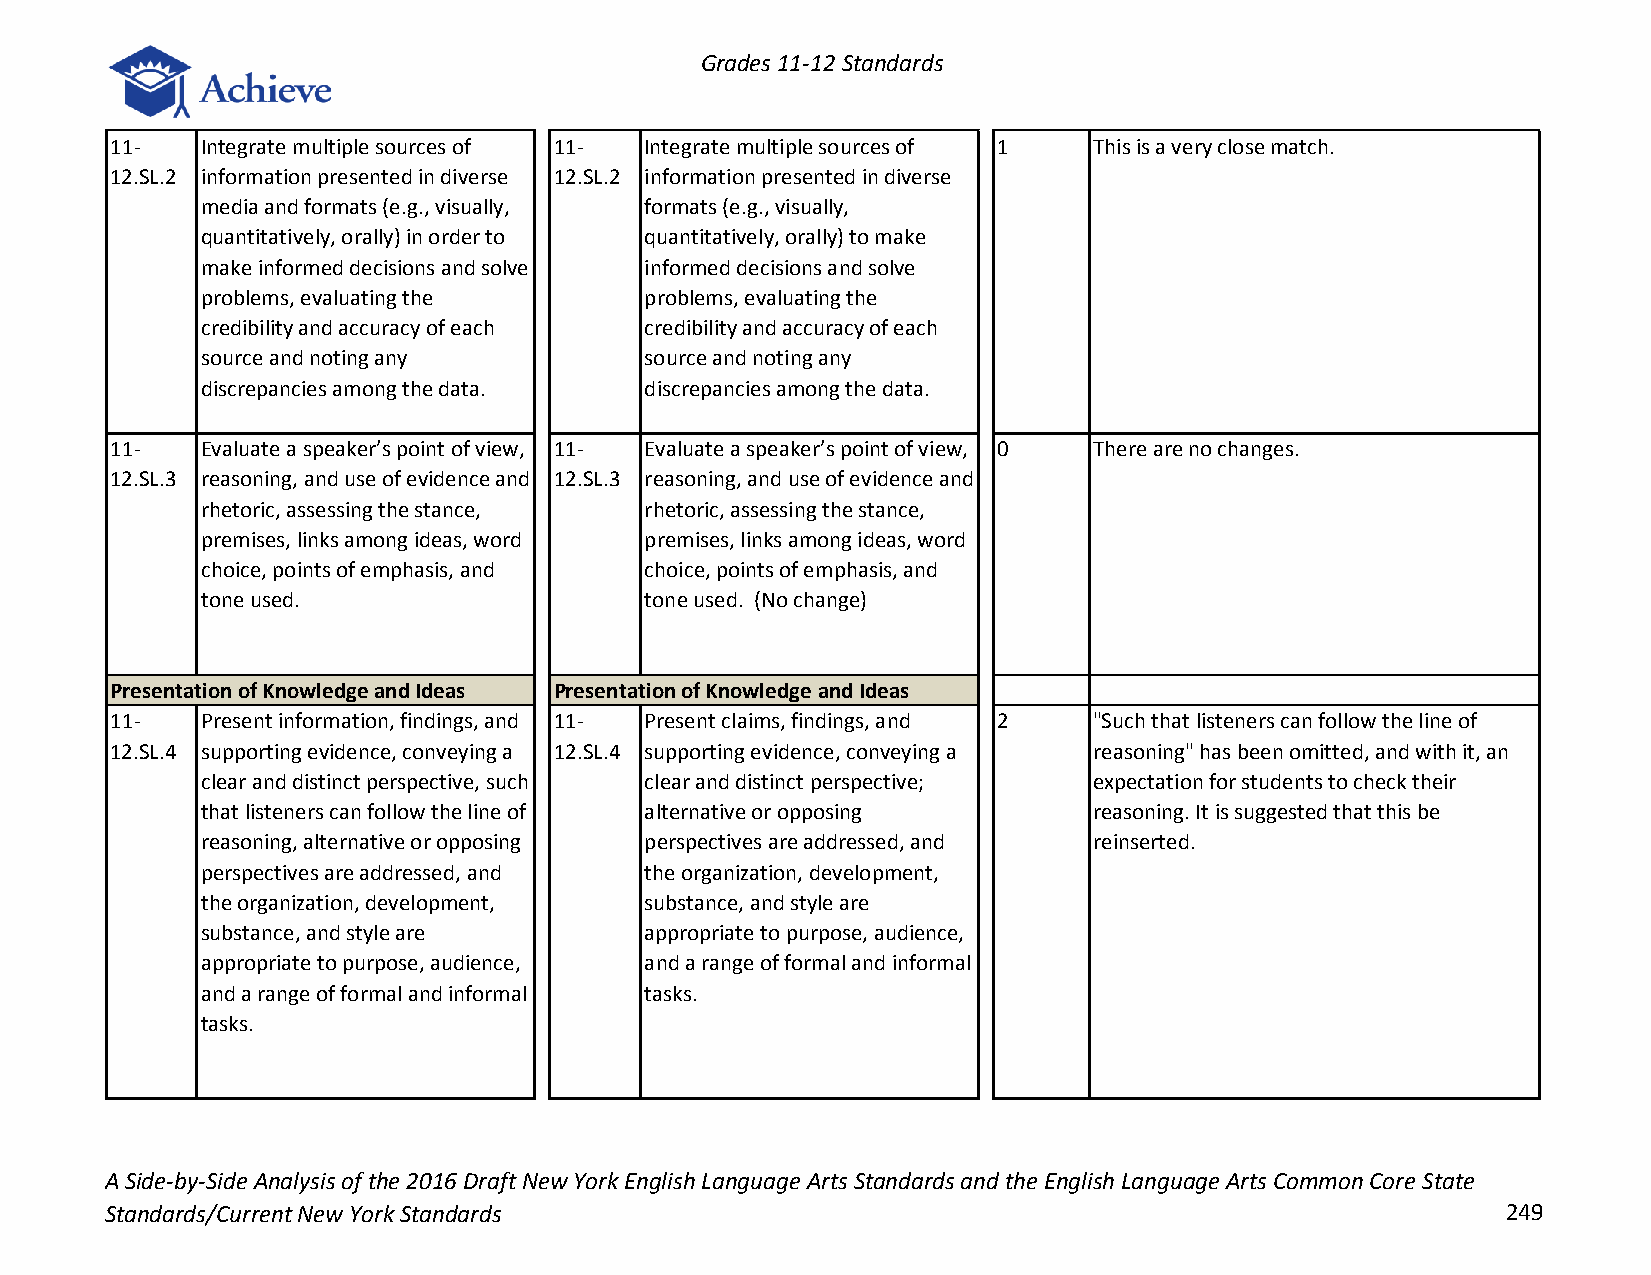
Grades 11-12 Standards
 11-   Integrate multiple sources of 11- Integrate multiple sources of 1 This is a very close match.
 12.SL.2 information presented in diverse 12.SL.2 information presented in diverse
 media and formats (e.g., visually, formats (e.g., visually,
 quantitatively, orally) in order to quantitatively, orally) to make
 make informed decisions and solve informed decisions and solve
 problems, evaluating the      problems, evaluating the
 credibility and accuracy of each credibility and accuracy of each
 source and noting any         source and noting any
 discrepancies among the data. discrepancies among the data.
 11-   Evaluate a speaker’s point of view, 11- Evaluate a speaker’s point of view, 0 There are no changes.
 12.SL.3 reasoning, and use of evidence and 12.SL.3 reasoning, and use of evidence and
 rhetoric, assessing the stance, rhetoric, assessing the stance,
 premises, links among ideas, word premises, links among ideas, word
 choice, points of emphasis, and choice, points of emphasis, and
 tone used.                    tone used. (No change)
 Presentation of Knowledge and Ideas Presentation of Knowledge and Ideas
 11-   Present information, findings, and 11- Present claims, findings, and 2 "Such that listeners can follow the line of
 12.SL.4 supporting evidence, conveying a 12.SL.4 supporting evidence, conveying a reasoning" has been omitted, and with it, an
 clear and distinct perspective, such clear and distinct perspective; expectation for students to check their
 that listeners can follow the line of alternative or opposing reasoning. It is suggested that this be
 reasoning, alternative or opposing perspectives are addressed, and reinserted.
 perspectives are addressed, and the organization, development,
 the organization, development, substance, and style are
 substance, and style are      appropriate to purpose, audience,
 appropriate to purpose, audience, and a range of formal and informal
 and a range of formal and informal tasks.
 tasks.
 A Side-by-Side Analysis of the 2016 Draft New York English Language Arts Standards and the English Language Arts Common Core State
 Standards/Current New York Standards                                                         249